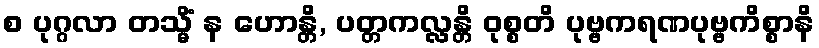
စ ပုဂ္ဂလာ တသ္မိံ န ဟောန္တိ, ပတ္တကလ္လန္တိ ဝုစ္စတိ ပုဗ္ဗကရဏပုဗ္ဗကိစ္စာနိ